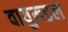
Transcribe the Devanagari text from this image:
वायुमडल